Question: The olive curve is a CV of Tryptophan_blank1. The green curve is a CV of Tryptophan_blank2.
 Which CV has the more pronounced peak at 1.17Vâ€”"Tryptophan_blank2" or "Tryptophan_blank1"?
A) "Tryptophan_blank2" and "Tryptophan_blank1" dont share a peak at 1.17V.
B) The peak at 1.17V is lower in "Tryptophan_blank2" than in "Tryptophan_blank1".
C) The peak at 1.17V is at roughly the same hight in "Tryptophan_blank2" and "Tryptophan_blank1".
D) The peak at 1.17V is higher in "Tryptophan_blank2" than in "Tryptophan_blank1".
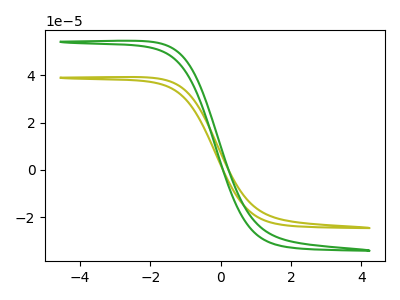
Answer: <think>The olive curve "Tryptophan_blank1" has no peaks. The green curve "Tryptophan_blank2" has no peaks.</think>
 <answer>A) "Tryptophan_blank2" and "Tryptophan_blank1" dont share a peak at 1.17V.</answer>
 <eval>A</eval>